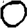
Digit: 0